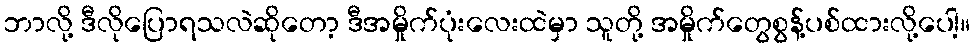
ဘာလို့ ဒီလိုပြောရသလဲဆိုတော့ ဒီအမှိုက်ပုံးလေးထဲမှာ သူတို့ အမှိုက်တွေစွန့်ပစ်ထားလို့ပေါ့။